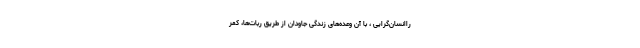
راانسان‌گرایی ، با آن وعده‌های زندگی جاودان از طریق رُبات‌ها، کمر